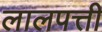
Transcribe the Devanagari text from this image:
लालपत्ती